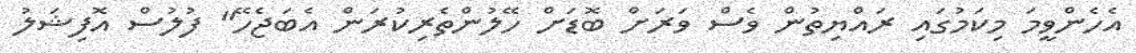
އެހެންވީމަ މިކަމުގައި ރައްޔިތުން ވެސް ވަރަށް ބޮޑަށް ހޭލުންތެރިކުރަން އެބަޖެހޭ" ފުލުސް އޮފިޝަލު